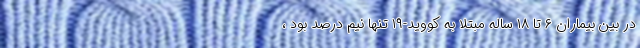
در بین بیماران ۶ تا ۱۸ ساله مبتلا به کووید-۱۹ تنها نیم درصد بود ،